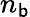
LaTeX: n_{\mathsf{b}}